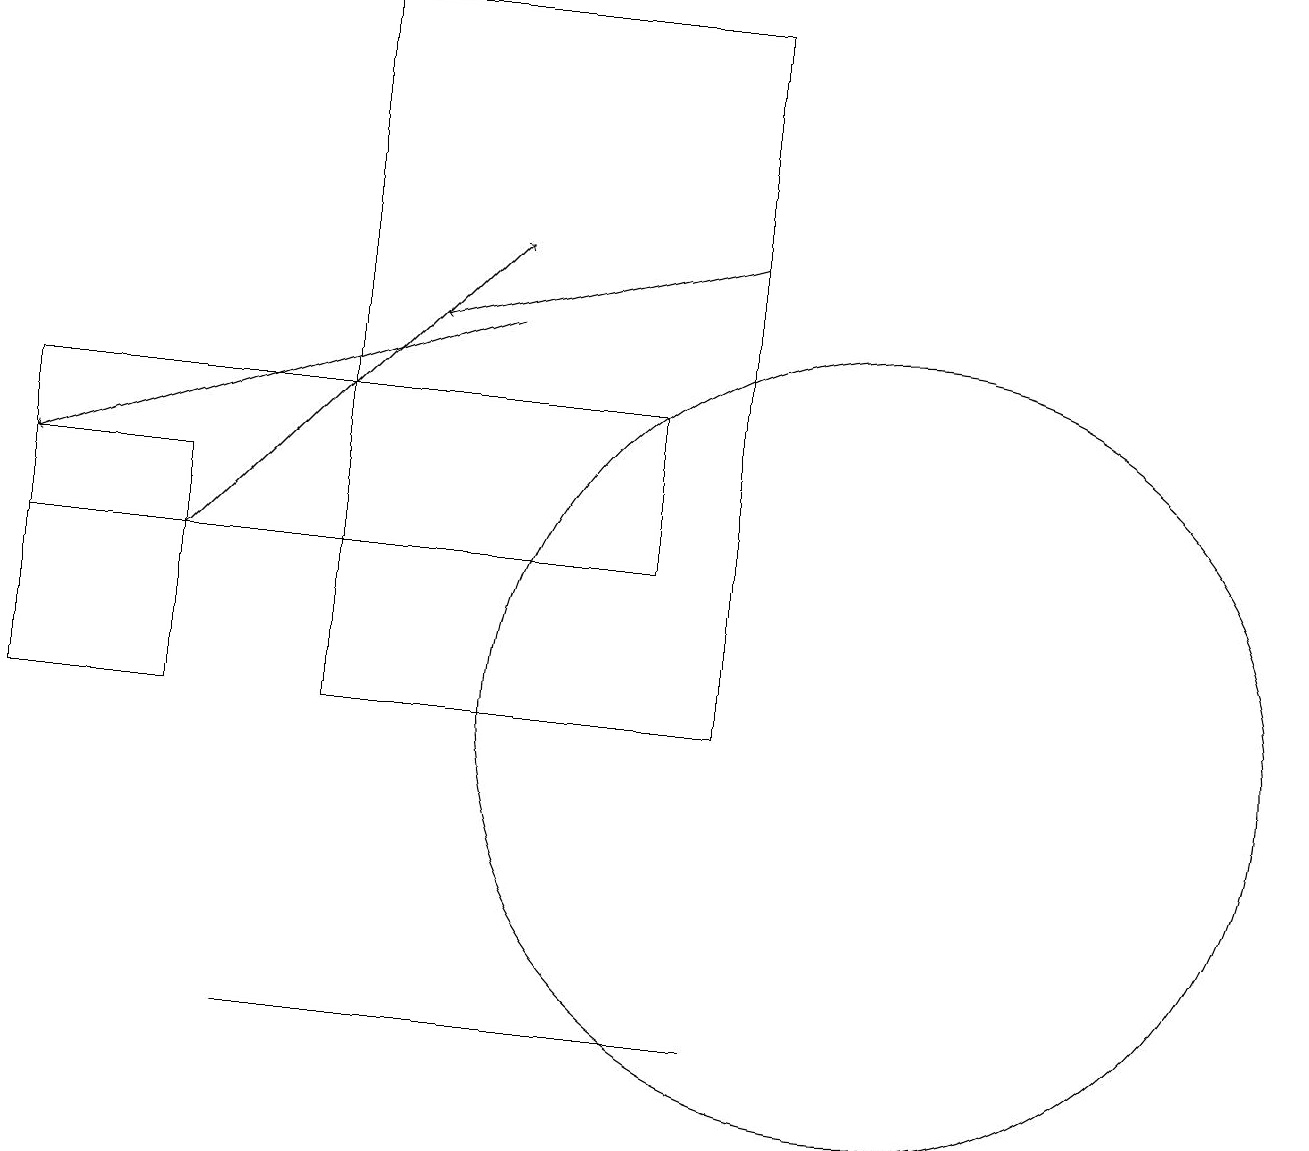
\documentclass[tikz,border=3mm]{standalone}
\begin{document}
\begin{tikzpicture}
\draw[->] (2,12) -- (6,16);
\draw (2,10) rectangle (0,13);
\draw (9,10) rectangle (4,19);
\draw[->] (6,15) -- (0,13);
\draw (11,10) circle (5);
\draw (0,12) rectangle (8,14);
\draw (9,6) -- (3,6) -- (5,6) -- cycle;
\draw[->] (9,16) -- (5,15);
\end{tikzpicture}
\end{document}